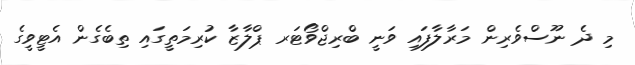
މި ދެ ނޫސްވެރިން މަރާލާފައި ވަނީ ބްރިޖްވޯޓަރ ޕްލާޒާ ކުރިމަތީގައި ތިބެގެން އެޓީވީގެ